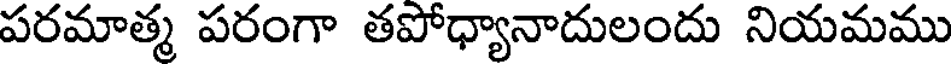
పరమాత్మ పరంగా తపోధ్యానాదులందు నియమము